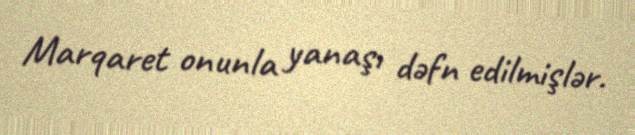
Marqaret onunla yanaşı dəfn edilmişlər.